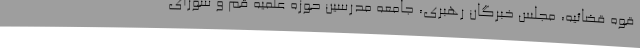
قوه قضائیه، مجلس خبرگان رهبری، جامعه مدرسین حوزه علمیه قم و شورای